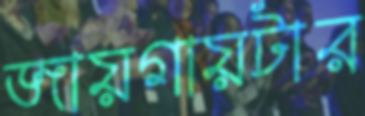
জায়গায়টার